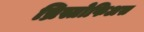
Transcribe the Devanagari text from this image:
च्रिस्तोफिअस